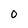
Character: 0